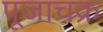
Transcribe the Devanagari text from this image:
पूजाचक्र